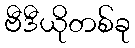
ဗီဒီယိုတစ်ခု